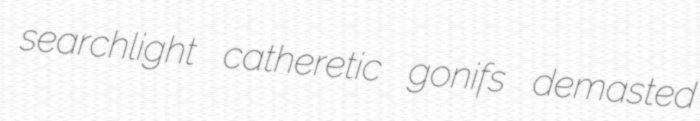
searchlight catheretic gonifs demasted